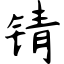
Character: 锖